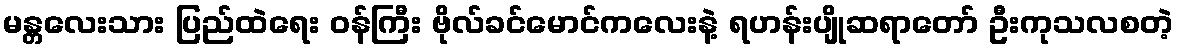
မန္တလေးသား ပြည်ထဲရေး ဝန်ကြီး ဗိုလ်ခင်မောင်ကလေးနဲ့ ရဟန်းပျိုဆရာတော် ဦးကုသလစတဲ့